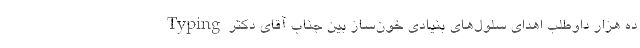
Typingده هزار داوطلب اهدای سلول‌های بنیادی خون‌ساز بین جناب آقای دكتر